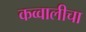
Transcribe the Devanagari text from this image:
कव्वालीचा